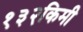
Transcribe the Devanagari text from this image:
१३२किमी